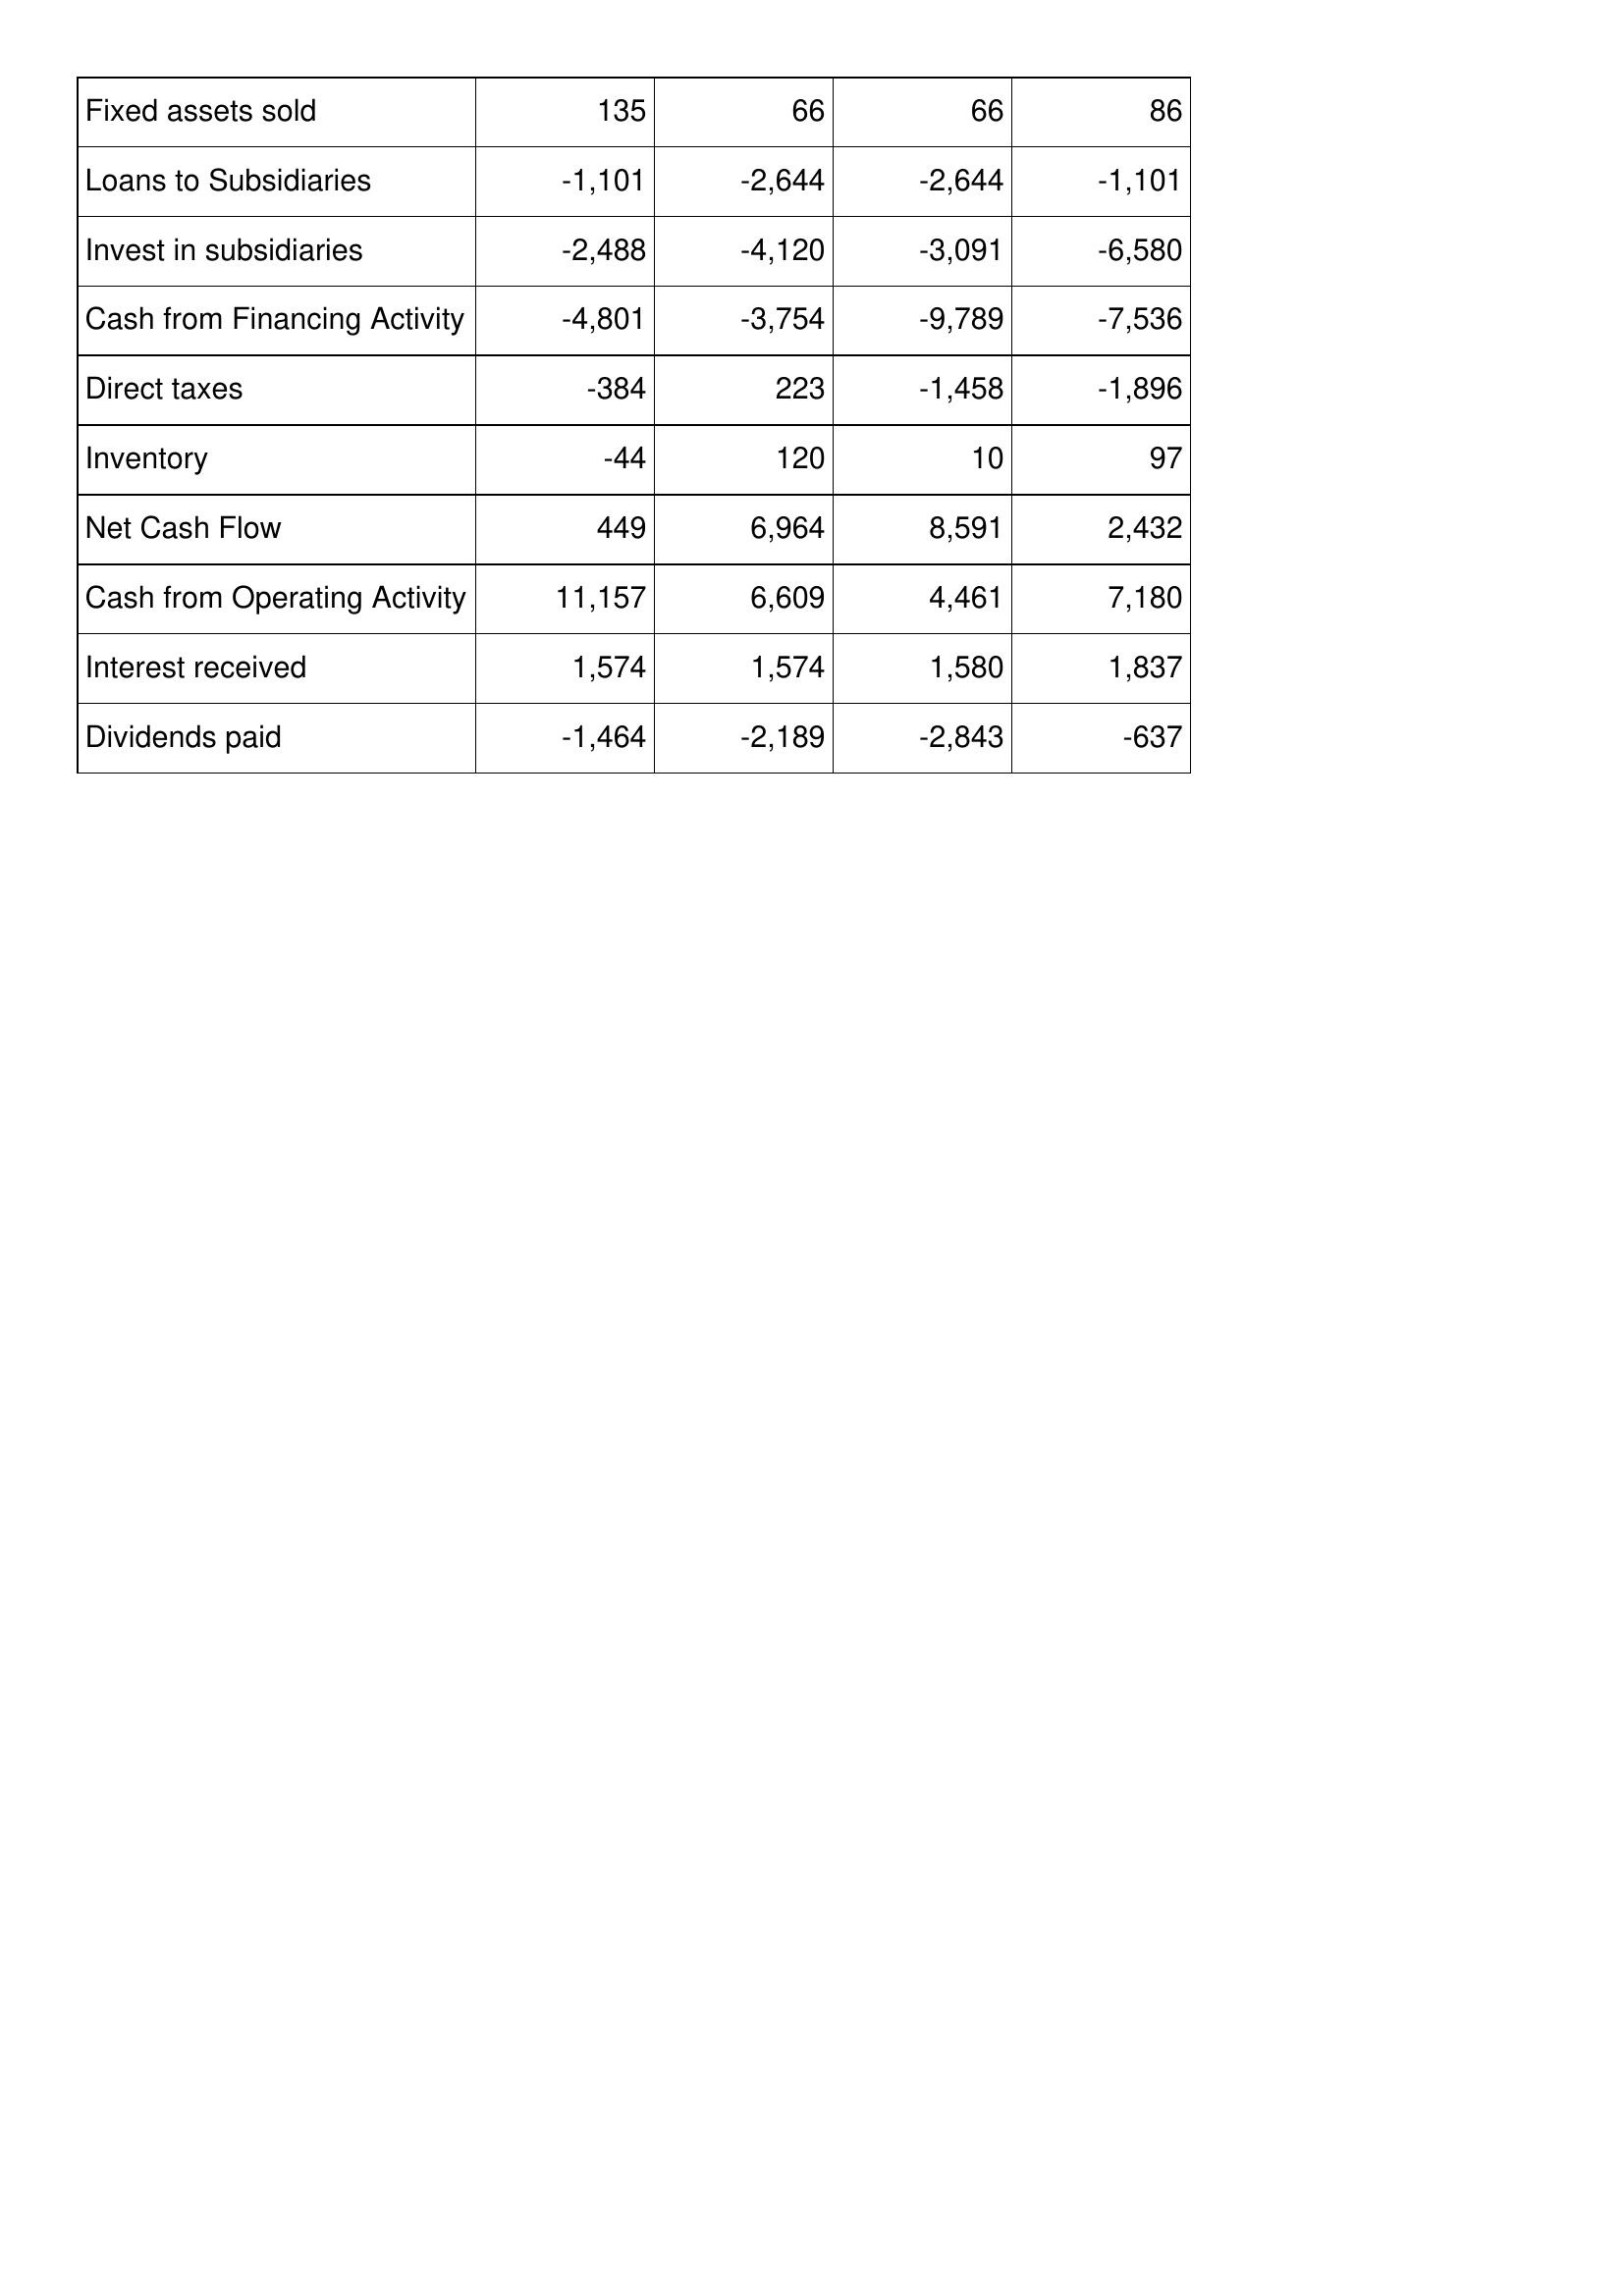
Nov-06: Cash Flows: Fixed assets sold: 135
Loans to Subsidiaries: -1,101
Invest in subsidiaries: -2,488
Cash from Financing Activity: -4,801
Direct taxes: -384
Inventory: -44
Net Cash Flow: 449
Cash from Operating Activity: 11,157
Interest received: 1,574
Dividends paid: -1,464
Nov-07: Cash Flows: Fixed assets sold: 66
Loans to Subsidiaries: -2,644
Invest in subsidiaries: -4,120
Cash from Financing Activity: -3,754
Direct taxes: 223
Inventory: 120
Net Cash Flow: 6,964
Cash from Operating Activity: 6,609
Interest received: 1,574
Dividends paid: -2,189
Nov-08: Cash Flows: Fixed assets sold: 66
Loans to Subsidiaries: -2,644
Invest in subsidiaries: -3,091
Cash from Financing Activity: -9,789
Direct taxes: -1,458
Inventory: 10
Net Cash Flow: 8,591
Cash from Operating Activity: 4,461
Interest received: 1,580
Dividends paid: -2,843
Nov-09: Cash Flows: Fixed assets sold: 86
Loans to Subsidiaries: -1,101
Invest in subsidiaries: -6,580
Cash from Financing Activity: -7,536
Direct taxes: -1,896
Inventory: 97
Net Cash Flow: 2,432
Cash from Operating Activity: 7,180
Interest received: 1,837
Dividends paid: -637